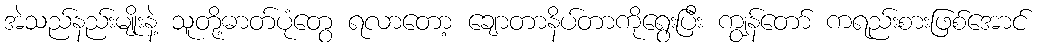
အဲသည်နည်းမျိုးနဲ့ သူတို့ဓာတ်ပုံတွေ ရလာတော့ ချောတာနိပ်တာကိုရွေးပြီး ကျွန်တော် ကရည်းစားဖြစ်အောင်